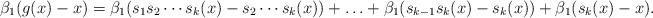
LaTeX: \begin{align*}\beta_1(g(x) - x) = \beta_1(s_1s_2\cdots s_k(x) - s_2\cdots s_k(x)) + \ldots + \beta_1(s_{k - 1}s_k(x) - s_k(x)) + \beta_1(s_k(x) - x).\end{align*}